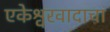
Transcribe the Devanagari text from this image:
एकेश्वरवादाचा